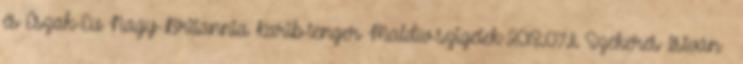
és Észak-Eu Nagy-Britannia Karib-tenger Maldív-szigetek 2018.07.11. Szekeres István –